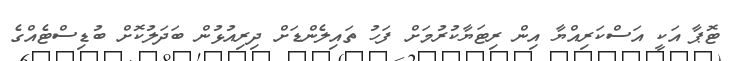
ޓޮޕާ އަކީ އަސްކަރިއްޔާ އިން ރިޓަޔާކުރުމަށް ފަހު ތައިލެންޑަށް ދިރިއުޅުން ބަދަލުކޮށް ބުޑިސްޓެއްގެ